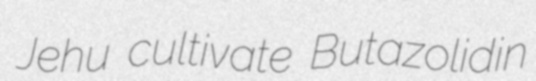
Jehu cultivate Butazolidin